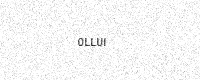
Text: 0LLUI